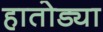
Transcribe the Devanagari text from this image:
हातोड्या